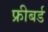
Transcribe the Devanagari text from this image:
फ्रीबर्ड